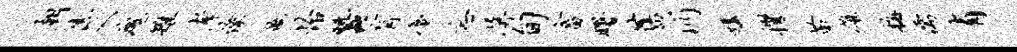
朝传入魂雉孝僚衙怡蚕肓蜃忘屏旬畜曙旧沔媾攫苗雄梅儒有